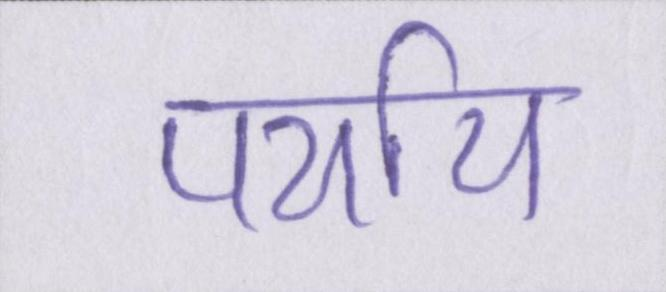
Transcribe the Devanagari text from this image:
पर्याय